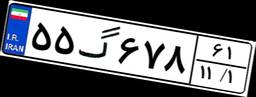
۲۹گ۴۰۶۰۲